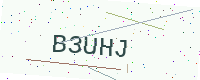
Text: B3UHJ